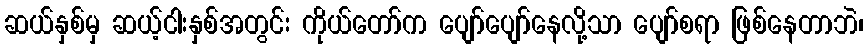
ဆယ်နှစ်မှ ဆယ့်ငါးနှစ်အတွင်း ကိုယ်တော်က ပျော်ပျော်နေလို့သာ ပျော်စရာ ဖြစ်နေတာဘဲ၊